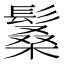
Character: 𩮧